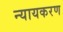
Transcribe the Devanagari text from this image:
न्यायकरण